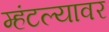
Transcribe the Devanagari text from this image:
म्हंटल्यावर